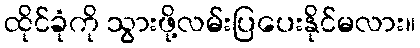
ထိုင်ခုံကို သွားဖို့လမ်းပြပေးနိုင်မလား။